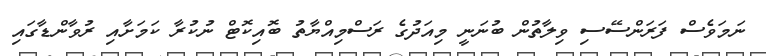
ނަމަވެސް ފަރަންސޭސި ވިލާތުން ބުނަނީ މިއަދުގެ ރަސްމިއްޔާތު ބޮއިކޮޓް ނުކުރާ ކަމަށާއި ރުވާންޑާގައި